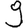
Digit: 9